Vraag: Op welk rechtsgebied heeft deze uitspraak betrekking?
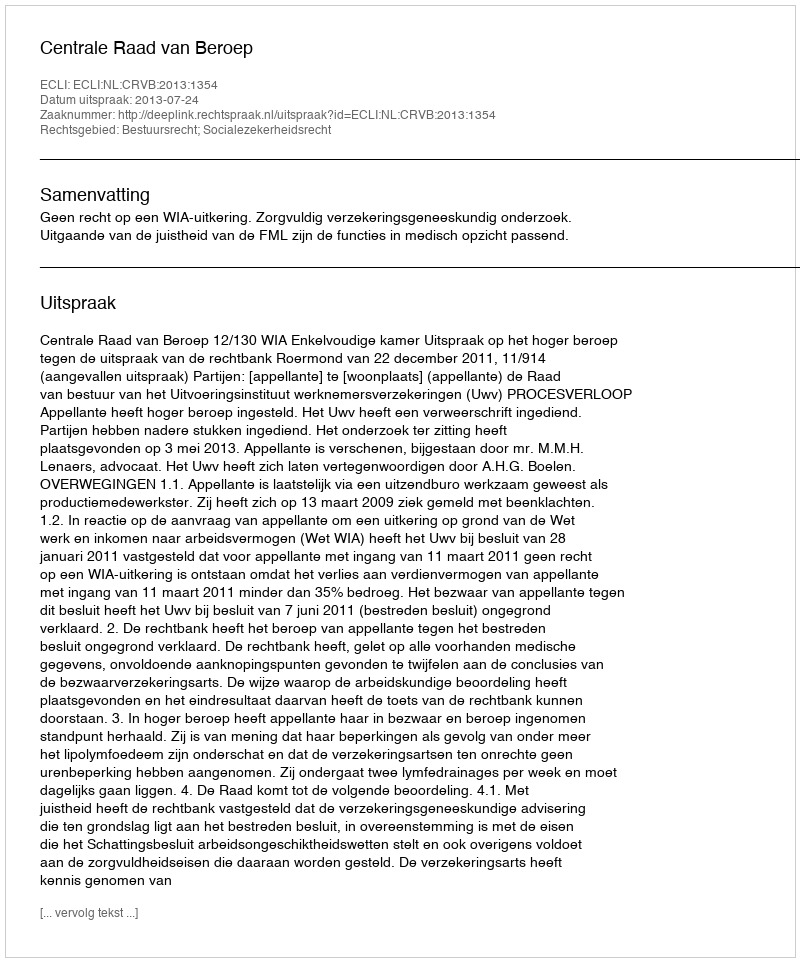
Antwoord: Bestuursrecht; Socialezekerheidsrecht